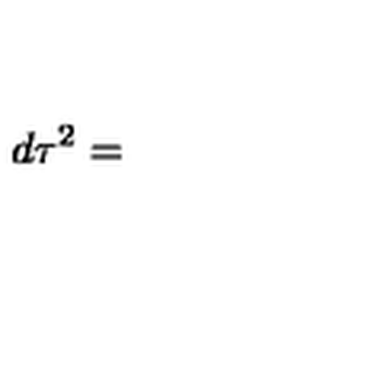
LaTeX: d \tau ^ { 2 } =